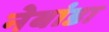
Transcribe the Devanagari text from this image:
नेबांडा